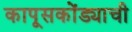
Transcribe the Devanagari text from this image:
कापूसकोंड्याची